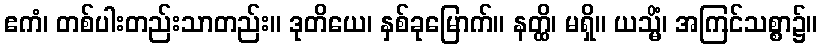
ဧကံ၊ တစ်ပါးတည်းသာတည်း။ ဒုတိယေ၊ နှစ်ခုမြောက်။ နတ္ထိ၊ မရှိ။ ယသ္မိံ၊ အကြင်သစ္စာ၌။